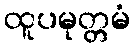
ထူပမုတ္တမံ